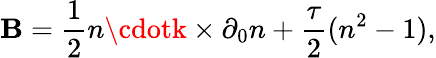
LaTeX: {\cal\mathbf{B}}={\frac{{1}}{{2}}}n\cdotk\times\partial_{0}n+{\frac{{\tau}}{{2}}}(n^{2}-1),